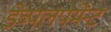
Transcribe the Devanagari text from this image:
डेव्पलपमेंन्ट